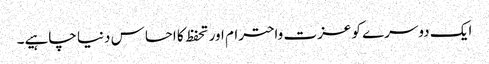
ایک دوسرے کو عزت واحترام اور تحفظ کا احساس دنیا چاہیے۔